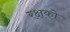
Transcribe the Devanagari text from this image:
रक्षको